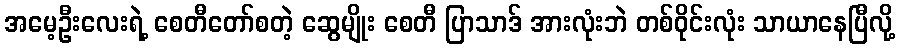
အမေ့ဦးလေးရဲ့ စေတီတော်စတဲ့ ဆွေမျိုး စေတီ ပြာသာဒ် အားလုံးဘဲ တစ်ဝိုင်းလုံး သာယာနေပြီလို့